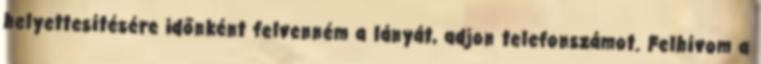
helyettesítésére időnként felvenném a lányát, adjon telefonszámot. Felhívom a